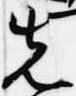
先